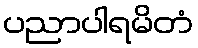
ပညာပါရမိတံ